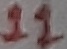
Text: 11